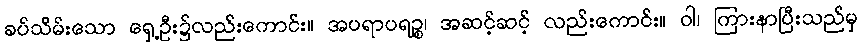
ခပ်သိမ်းသော ရှေ့ဦး၌လည်းကောင်း။ အပရာပရဉ္စ၊ အဆင့်ဆင့် လည်းကောင်း။ ဝါ၊ ကြားနာပြီးသည်မှ